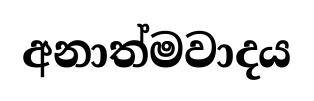
අනාත්මවාදය